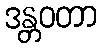
ဒန္တဝတာ